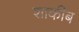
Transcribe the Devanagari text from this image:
शाकीब